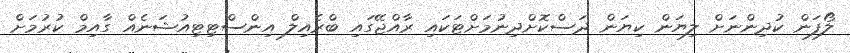
ލޯފަން ކުދިންނަށް ލިޔަން ކިޔަން ދަސްކޮށްދިނުމަށްޓަކައި ރާއްޖޭގައި ބްރެއިލް އިންސްޓިޓިއުޝަނެއް ގާއިމް ކުރުމަށް